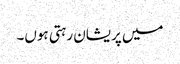
میں پریشان رہتی ہوں۔